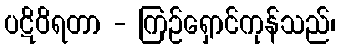
ပဋိဝိရတာ - ကြဉ်ရှောင်ကုန်သည်၊